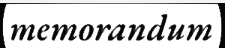
memorandum